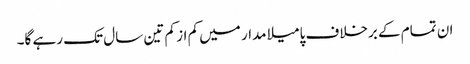
ان تمام کے برخلاف پامیلا مدار میں کم از کم تین سال تک رہے گا۔